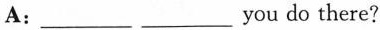
A:___ ___you do there?